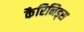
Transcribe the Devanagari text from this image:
कैरिनिड्स